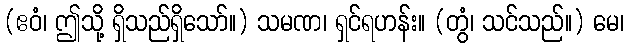
(ဧဝံ၊ ဤသို့ ရှိသည်ရှိသော်။) သမဏ၊ ရှင်ရဟန်း။ (တွံ၊ သင်သည်။) မေ၊